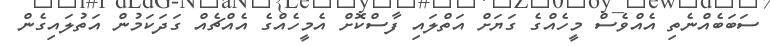
ސަބަބެއްނެތި އެއްވެސް މީހެއްގެ ގަޔަށް އަތްލައި ފާސްކޮށް އެމީހެއްގެ އެއްޗެއް ގަދަކަމުން އަތުލައިގެން